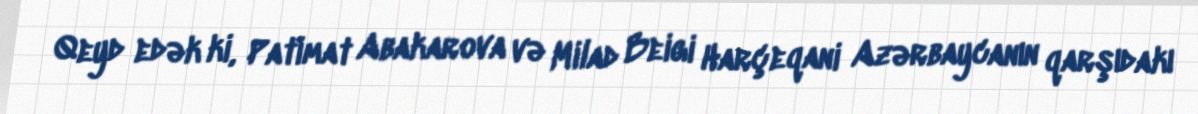
Qeyd edək ki, Patimat Abakarova və Milad Beigi Harçeqani Azərbaycanın qarşıdakı